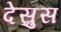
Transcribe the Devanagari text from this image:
देस्रुस